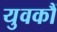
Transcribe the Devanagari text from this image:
युवकौं